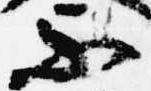
不